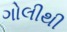
ગોલીથી